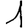
Digit: 1